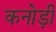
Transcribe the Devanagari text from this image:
कनोड़ी